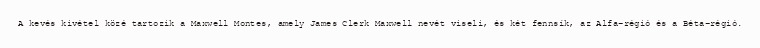
A kevés kivétel közé tartozik a Maxwell Montes, amely James Clerk Maxwell nevét viseli, és két fennsík, az Alfa-régió és a Béta-régió.